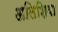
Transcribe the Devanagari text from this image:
अलिशिया